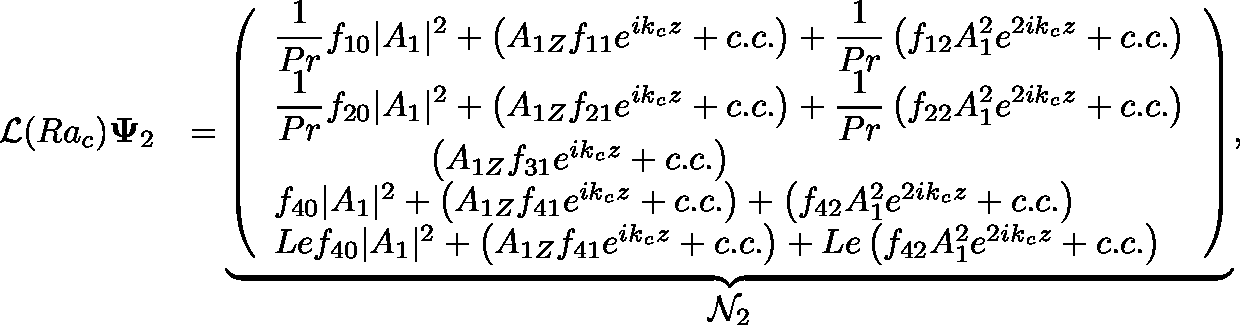
\begin{array} { r l } { \mathcal { L } ( R a _ { c } ) \mathbf { \Psi } _ { 2 } } & { = \underbrace { \left( \begin{array} { l } { \displaystyle \frac { 1 } { P r } f _ { 1 0 } | A _ { 1 } | ^ { 2 } + \left( A _ { 1 Z } f _ { 1 1 } e ^ { i k _ { c } z } + c . c . \right) + \displaystyle \frac { 1 } { P r } \left( f _ { 1 2 } A _ { 1 } ^ { 2 } e ^ { 2 i k _ { c } z } + c . c . \right) } \\ { \displaystyle \frac { 1 } { P r } f _ { 2 0 } | A _ { 1 } | ^ { 2 } + \left( A _ { 1 Z } f _ { 2 1 } e ^ { i k _ { c } z } + c . c . \right) + \displaystyle \frac { 1 } { P r } \left( f _ { 2 2 } A _ { 1 } ^ { 2 } e ^ { 2 i k _ { c } z } + c . c . \right) } \\ { \hphantom { f _ { 2 0 } | A _ { 1 } | ^ { 2 } + } \left( A _ { 1 Z } f _ { 3 1 } e ^ { i k _ { c } z } + c . c . \right) \hphantom { + \left( f _ { 2 2 } A _ { 1 } ^ { 2 } e ^ { 2 i k _ { c } z } + c . c . \right) } } \\ { f _ { 4 0 } | A _ { 1 } | ^ { 2 } + \left( A _ { 1 Z } f _ { 4 1 } e ^ { i k _ { c } z } + c . c . \right) + \left( f _ { 4 2 } A _ { 1 } ^ { 2 } e ^ { 2 i k _ { c } z } + c . c . \right) } \\ { L e f _ { 4 0 } | A _ { 1 } | ^ { 2 } + \left( A _ { 1 Z } f _ { 4 1 } e ^ { i k _ { c } z } + c . c . \right) + L e \left( f _ { 4 2 } A _ { 1 } ^ { 2 } e ^ { 2 i k _ { c } z } + c . c . \right) } \end{array} \right) } _ { \displaystyle \mathcal { N } _ { 2 } } , } \end{array}